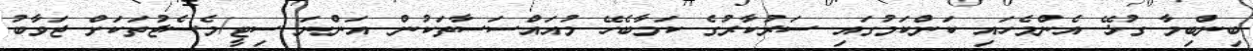
ބިންބިމާ ގުޅޭ އެންމެހައި ކަންކަމުގައި ސަރުކާރުގެ ކަމާބެހޭ މުއައްސަސާތަކުން އަންނަ ސިޓީ/މެސެޖުތަކަށް ޖަވާބު